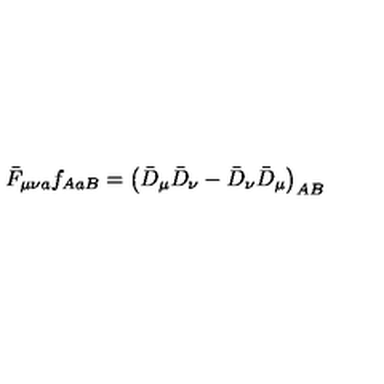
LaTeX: \bar { F } _ { \mu \nu a } f _ { A a B } = \left( \bar { D } _ { \mu } \bar { D } _ { \nu } - \bar { D } _ { \nu } \bar { D } _ { \mu } \right) _ { A B }